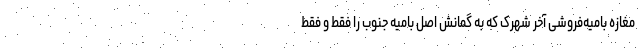
مغازه بامیه‌فروشی آخر شهرک که به گمانش اصل بامیه جنوب را فقط و فقط